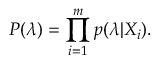
P ( \boldsymbol { \lambda } ) = \prod _ { i = 1 } ^ { m } p ( \boldsymbol { \lambda } | X _ { i } ) .